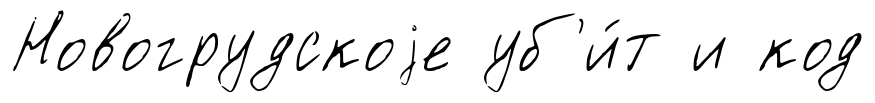
Новогрудскоjе уб'и́т и код